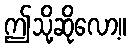
ဤသို့ဆိုလော့။